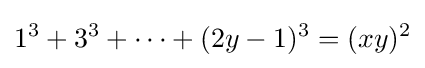
1^{3}+3^{3}+\dots +(2y-1)^{3}=(xy)^{2}